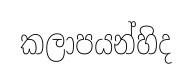
කලාපයන්හිද